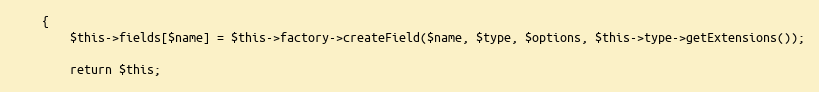
Language: PHP
    {
        $this->fields[$name] = $this->factory->createField($name, $type, $options, $this->type->getExtensions());

        return $this;